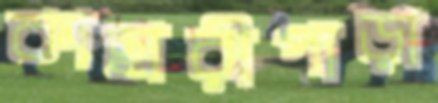
কাছারীপাড়া